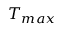
T _ { m a x }